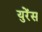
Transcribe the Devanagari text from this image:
युरेंस